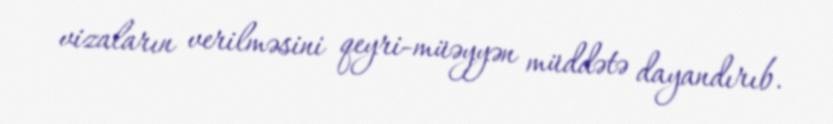
vizaların verilməsini qeyri-müəyyən müddətə dayandırıb.